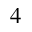
4